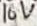
Text: 16V